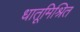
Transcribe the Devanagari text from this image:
धातूमिश्रित